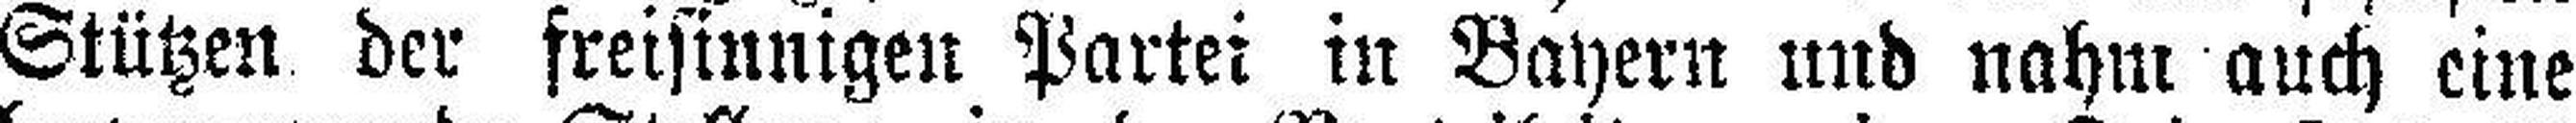
Stützen der freisinnigen Partei in Bayern und nahm auch eine